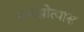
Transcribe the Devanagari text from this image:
समझोत्यास